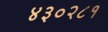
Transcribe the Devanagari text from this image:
४३०२८१